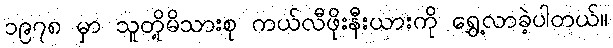
၁၉၇၈ မှာ သူတို့မိသားစု ကယ်လီဖိုးနီးယားကို ရွှေ့လာခဲ့ပါတယ်။